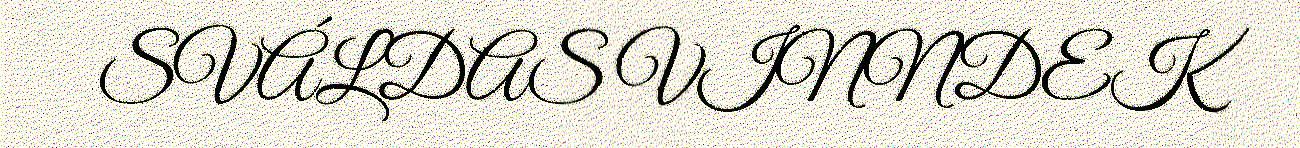
SVÁLDAS VINNDEK